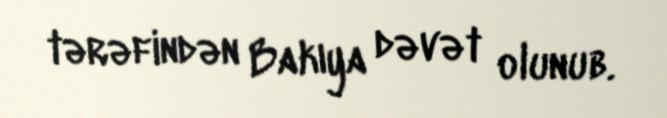
tərəfindən Bakıya dəvət olunub.